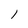
Character: l